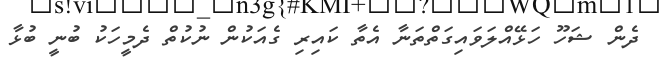
ދެން ޝަހޫ ހަޅޭއްލަވައިގަތްތަނާ އެތާ ކައިރި ގެއަކުން ނުކުތް ދެމީހަކު ބުނީ ބުޅާ